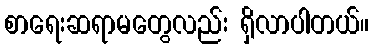
စာရေးဆရာမတွေလည်း ရှိလာပါတယ်။